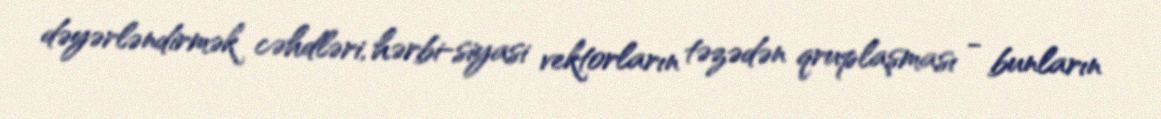
dəyərləndirmək cəhdləri, hərbi-siyasi vektorların təzədən qruplaşması - bunların